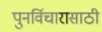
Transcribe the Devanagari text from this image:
पुनर्विचारासाठी